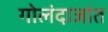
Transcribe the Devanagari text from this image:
गोलंदाजांत